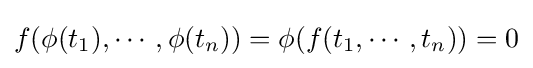
f(\phi (t_{1}),\cdots ,\phi (t_{n}))=\phi (f(t_{1},\cdots ,t_{n}))=0